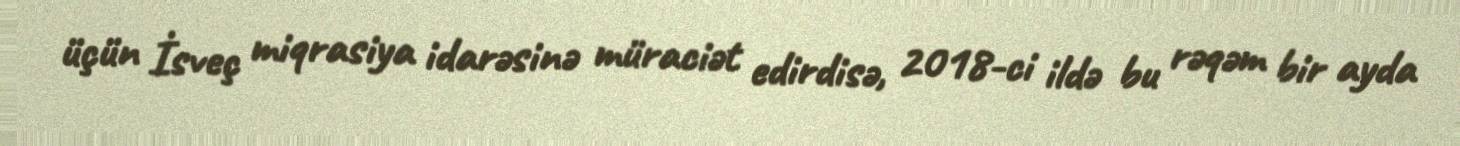
üçün İsveç miqrasiya idarəsinə müraciət edirdisə, 2018-ci ildə bu rəqəm bir ayda